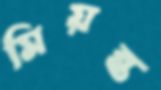
মিয়ন্ত